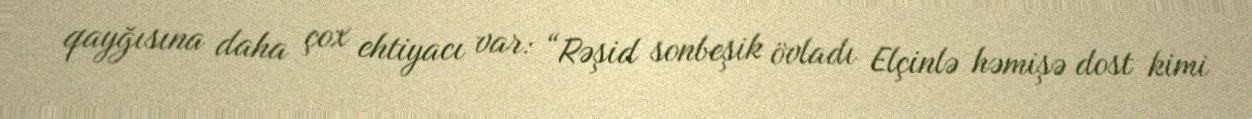
qayğısına daha çox ehtiyacı var: “Rəşid sonbeşik övladı Elçinlə həmişə dost kimi